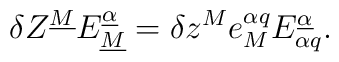
\delta Z^{\underline M}E_{\underline M}^{\underline\alpha}=\delta z^Me_M^{\alpha q}E_{\alpha q}^{\underline\alpha}.